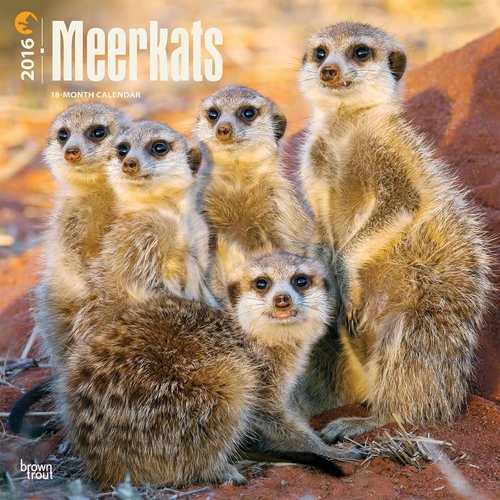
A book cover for Meerkats 2016 Square 12x12; Browntrout Publishers; Calendars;